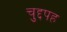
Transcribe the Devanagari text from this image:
चुद्दपह